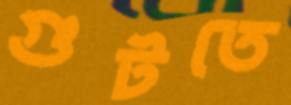
গুটতে